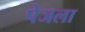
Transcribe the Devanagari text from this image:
पेजला